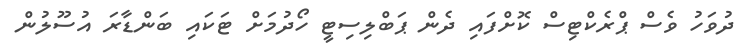
ދުވަހު ވެސް ޕްރެކްޓިސް ކޮށްފައި ދެން ޕަބްލިސިޓީ ހޯދުމަށް ޓަކައި ބަންޑާރަ އުސޫލުން